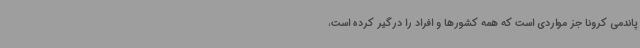
پاندمی کرونا جز مواردی است که همه کشورها و افراد را درگیر کرده است،